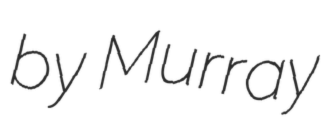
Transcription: by Murray